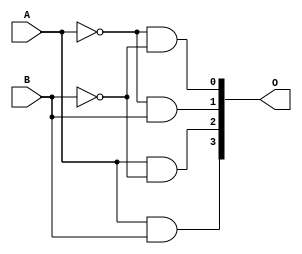
module decoder2to4(
  input A, B,
  output [3:0] O
);

  assign O[0] = ~A & ~B;
  assign O[1] = ~A & B;
  assign O[2] = A & ~B;
  assign O[3] = A & B;

endmodule


module mux4to1(
  input [3:0]O,
  input S0,S1,
  output reg out
);
  always@(*)
    begin
      if(~S0 & ~S1)out = O[0];
      else if(~S1 & S0)out = O[1];
      else if( S1 & ~S0)out = O[2];
      else if( S1 & S0)out = O[3];
    end
endmodule


module figure1(
  input A,B,C,D,
  output F
);
  wire [3:0]O;
  decoder2to4 dec(.A(A),.B(B), .O(O));
  mux4to1 mx(.O(O),.S0(D),.S1(C),.out(F)); 
endmodule


module figure1_beh(
    input A,B,C,D,
  output reg F
);
  always@(*)
    begin
      if( A == C & B == D) F = 1;
      else F = 0;
    end
endmodule